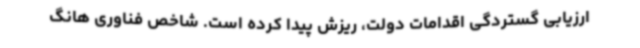
ارزیابی گستردگی اقدامات دولت، ریزش پیدا کرده است. شاخص فناوری هانگ